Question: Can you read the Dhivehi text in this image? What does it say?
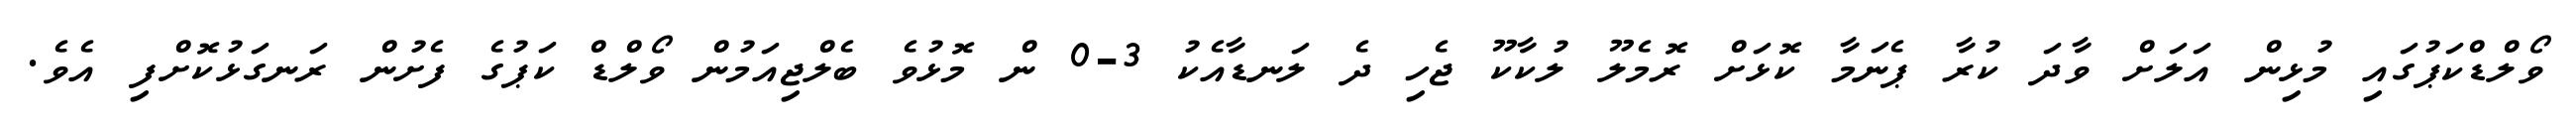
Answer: ވޯލްޑްކަޕުގައި މުޅިން އަލަށް ވާދަ ކުރާ ޕެނަމާ ކޮޅަށް ރޮމެލޫ ލުކާކޫ ޖެހި ދެ ލަނޑާއެކު 3-0 ން މޮޅުވެ ބެލްޖިއަމުން ވޯލްޑް ކަޕުގެ ފެށުން ރަނގަޅުކޮށްފި އެވެ.